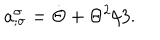
LaTeX: a _ { ; \sigma } ^ { \sigma } = \dot { \Theta } + \Theta ^ { 2 } / 3 .